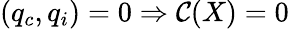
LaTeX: (q_{c},q_{i})=0\Rightarrow{\cal C}(X)=0